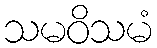
သမဝိသမံ